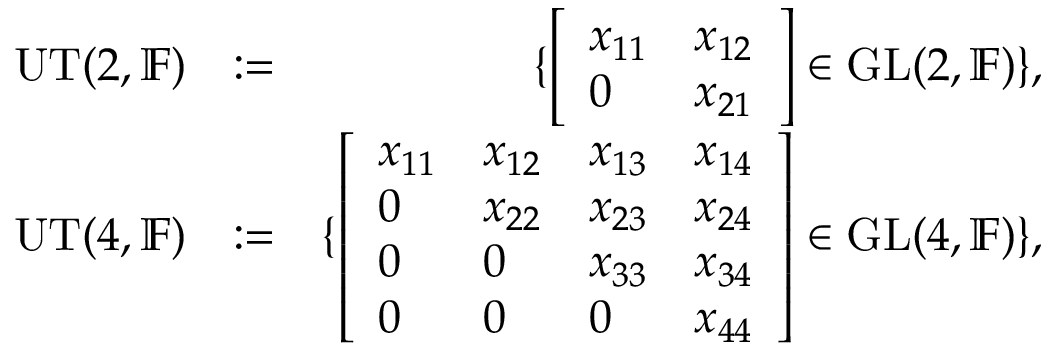
\begin{array} { r l r } { \mathrm { U T } ( 2 , { \mathbb F } ) } & { : = } & { \{ \left[ \begin{array} { l l } { x _ { 1 1 } } & { x _ { 1 2 } } \\ { 0 } & { x _ { 2 1 } } \end{array} \right] \in \mathrm { G L } ( 2 , { \mathbb F } ) \} , } \\ { \mathrm { U T } ( 4 , { \mathbb F } ) } & { : = } & { \{ \left[ \begin{array} { l l l l } { x _ { 1 1 } } & { x _ { 1 2 } } & { x _ { 1 3 } } & { x _ { 1 4 } } \\ { 0 } & { x _ { 2 2 } } & { x _ { 2 3 } } & { x _ { 2 4 } } \\ { 0 } & { 0 } & { x _ { 3 3 } } & { x _ { 3 4 } } \\ { 0 } & { 0 } & { 0 } & { x _ { 4 4 } } \end{array} \right] \in \mathrm { G L } ( 4 , { \mathbb F } ) \} , } \end{array}